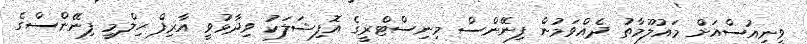
ވީނިއުސްއަށް މައުލޫމާތު ދެއްވަމުން ފިނޭންސް މިނިސްޓްރީގެ އޮފިޝަލަކު ވިދާޅުވީ އާރިފް ހިލްމީ ފިނޭންސްގެ